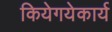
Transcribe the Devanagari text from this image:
कियेगयेकार्य